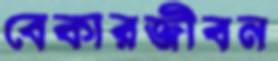
বেকারজীবন